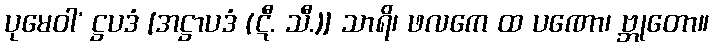
ပုမေဝါ’ ဋ္ဌပဒံ [အဋ္ဌာပဒံ (ဋီ. သီ.)] သာရိ၊ ဖလကေ ထ ပဏော၊ ဗ္ဘုတော။